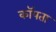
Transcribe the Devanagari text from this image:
कॉपता